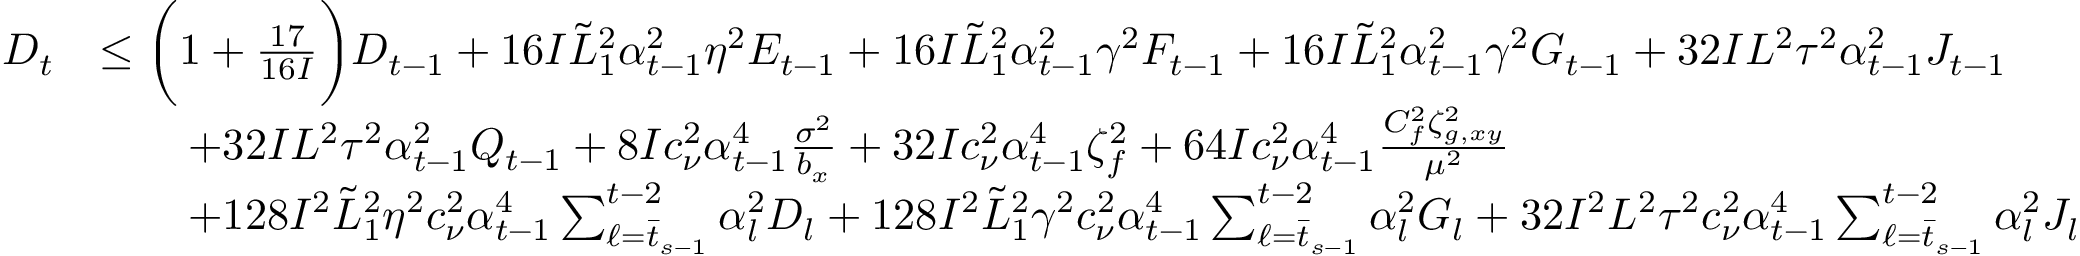
\begin{array} { r l } { D _ { t } } & { \leq \bigg ( 1 + \frac { 1 7 } { 1 6 I } \bigg ) D _ { t - 1 } + 1 6 I \tilde { L } _ { 1 } ^ { 2 } \alpha _ { t - 1 } ^ { 2 } \eta ^ { 2 } E _ { t - 1 } + 1 6 I \tilde { L } _ { 1 } ^ { 2 } \alpha _ { t - 1 } ^ { 2 } \gamma ^ { 2 } F _ { t - 1 } + 1 6 I \tilde { L } _ { 1 } ^ { 2 } \alpha _ { t - 1 } ^ { 2 } \gamma ^ { 2 } G _ { t - 1 } + 3 2 I L ^ { 2 } \tau ^ { 2 } \alpha _ { t - 1 } ^ { 2 } J _ { t - 1 } } \\ & { \qquad + 3 2 I L ^ { 2 } \tau ^ { 2 } \alpha _ { t - 1 } ^ { 2 } Q _ { t - 1 } + 8 I c _ { \nu } ^ { 2 } \alpha _ { t - 1 } ^ { 4 } \frac { \sigma ^ { 2 } } { b _ { x } } + 3 2 I c _ { \nu } ^ { 2 } \alpha _ { t - 1 } ^ { 4 } \zeta _ { f } ^ { 2 } + 6 4 I c _ { \nu } ^ { 2 } \alpha _ { t - 1 } ^ { 4 } \frac { C _ { f } ^ { 2 } \zeta _ { g , x y } ^ { 2 } } { \mu ^ { 2 } } } \\ & { \qquad + 1 2 8 I ^ { 2 } \tilde { L } _ { 1 } ^ { 2 } \eta ^ { 2 } c _ { \nu } ^ { 2 } \alpha _ { t - 1 } ^ { 4 } \sum _ { \ell = \bar { t } _ { s - 1 } } ^ { t - 2 } \alpha _ { l } ^ { 2 } D _ { l } + 1 2 8 I ^ { 2 } \tilde { L } _ { 1 } ^ { 2 } \gamma ^ { 2 } c _ { \nu } ^ { 2 } \alpha _ { t - 1 } ^ { 4 } \sum _ { \ell = \bar { t } _ { s - 1 } } ^ { t - 2 } \alpha _ { l } ^ { 2 } G _ { l } + 3 2 I ^ { 2 } L ^ { 2 } \tau ^ { 2 } c _ { \nu } ^ { 2 } \alpha _ { t - 1 } ^ { 4 } \sum _ { \ell = \bar { t } _ { s - 1 } } ^ { t - 2 } \alpha _ { l } ^ { 2 } J _ { l } } \end{array}